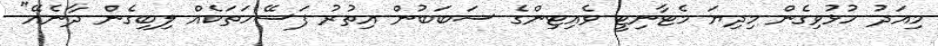
މިއަދު ހުޅުވިގެން މިދިޔަ މެޓާނިޓީ ވެއިޓިންގެ ސަބަބުން އިތުރު ފަސޭހަތަކެއް ލިބިގެން ދާނެއޭ"